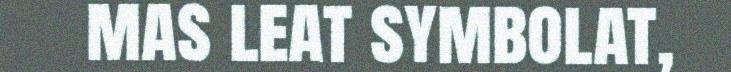
mas leat symbolat,